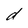
Character: d